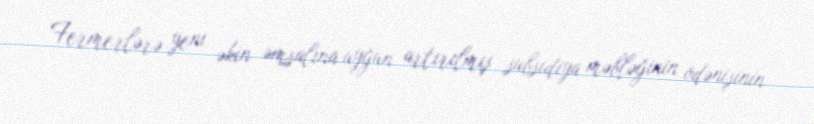
Fermerlərə yeni əkin əmsalına uyğun artırılmış subsidiya məbləğinin ödənişinin